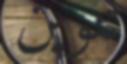
تنوين